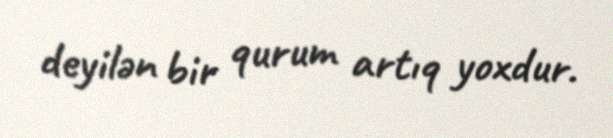
deyilən bir qurum artıq yoxdur.